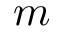
m